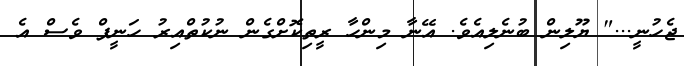
ޖެހުނީ..." ޔޫލިން ބުނެލިއެވެ. އޭނާ މިންހާ ރީތިކޮށްގެން ނުކުތްއިރު ހަނީފް ވެސް އެ